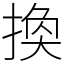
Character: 換